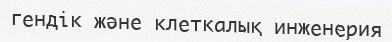
гендік және клеткалық инженерия